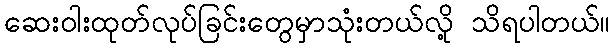
ဆေးဝါးထုတ်လုပ်ခြင်းတွေမှာသုံးတယ်လို့ သိရပါတယ်။